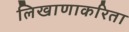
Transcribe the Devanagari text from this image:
लिखाणाकरिता